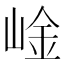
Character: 崯